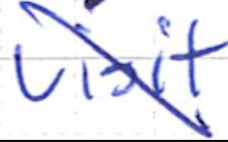
Text: visit
Cross-out: diagonal
Writing tool: ballpoint